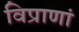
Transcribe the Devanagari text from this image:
विप्राणां